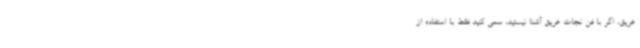
غریق، اگر با فن نجات غریق آشنا نیستید، سعی کنید فقط با استفاده از